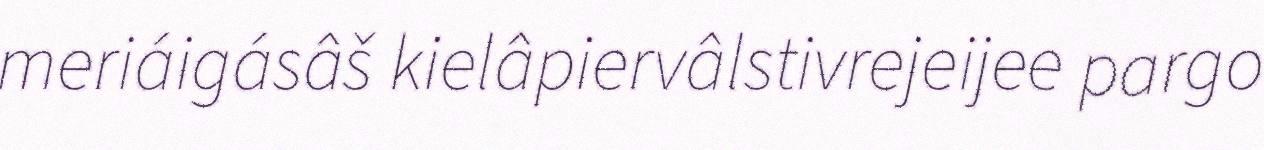
meriáigásâš kielâpiervâlstivrejeijee pargo